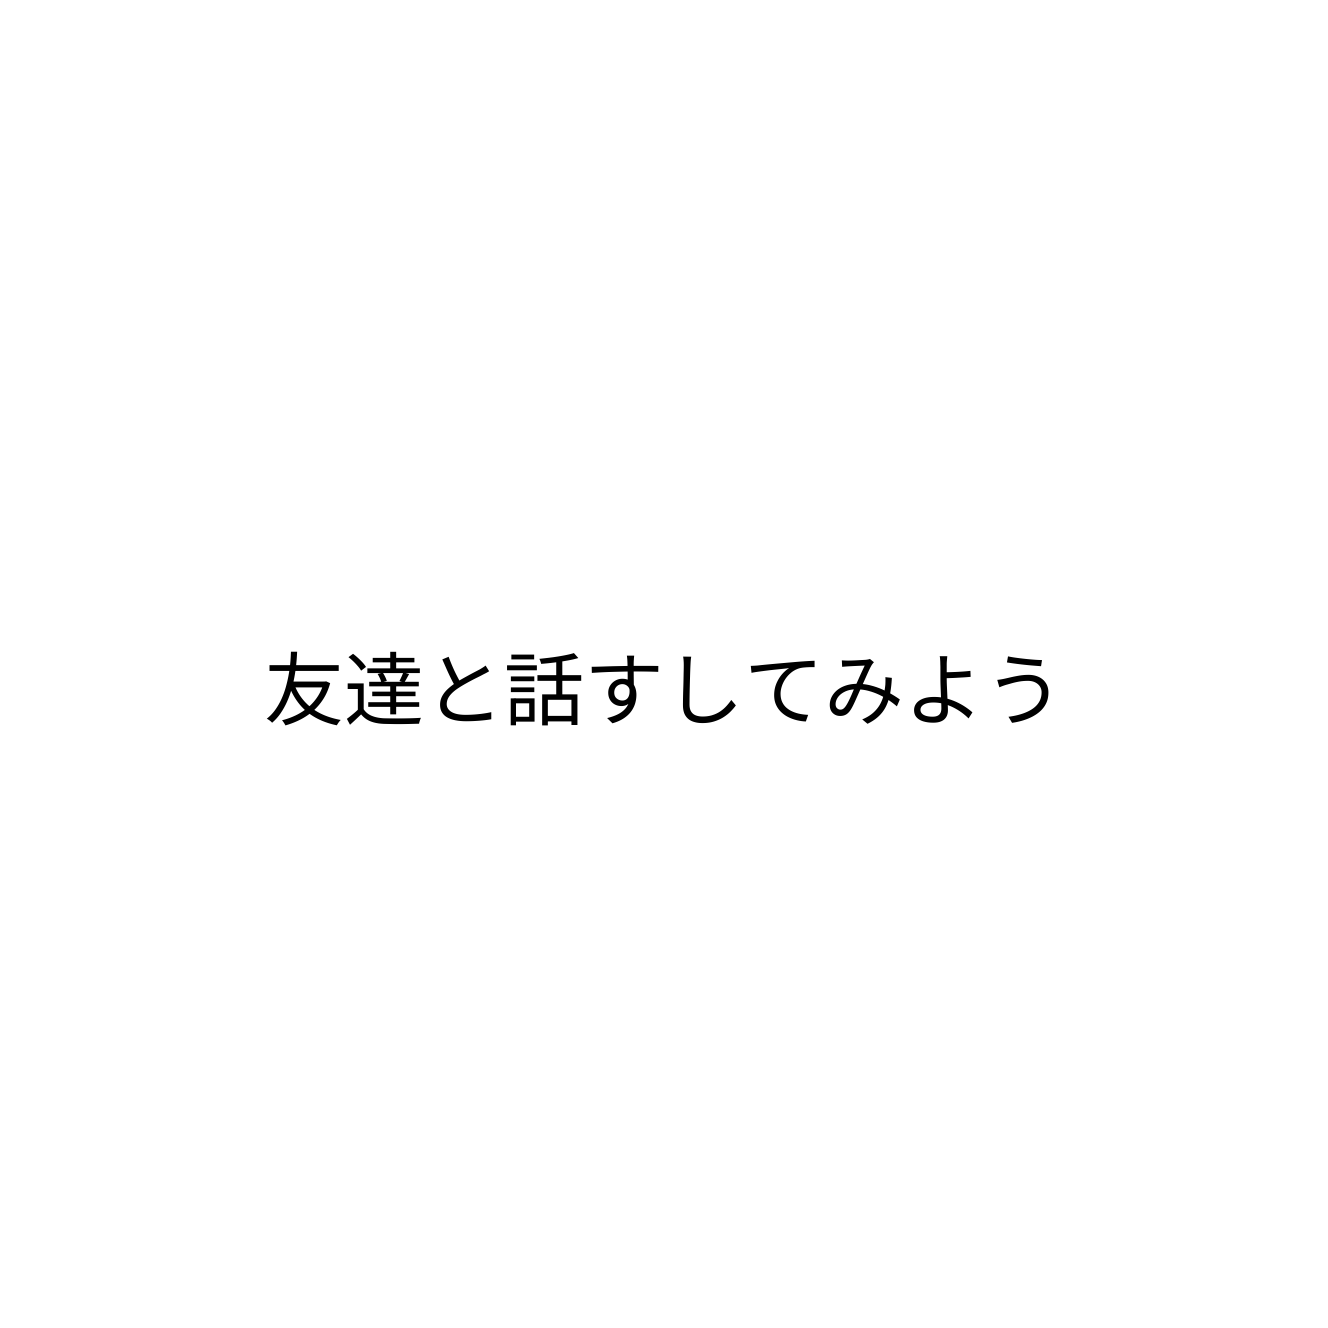
友達と話すしてみよう